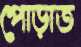
পোড়াত